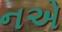
નએ